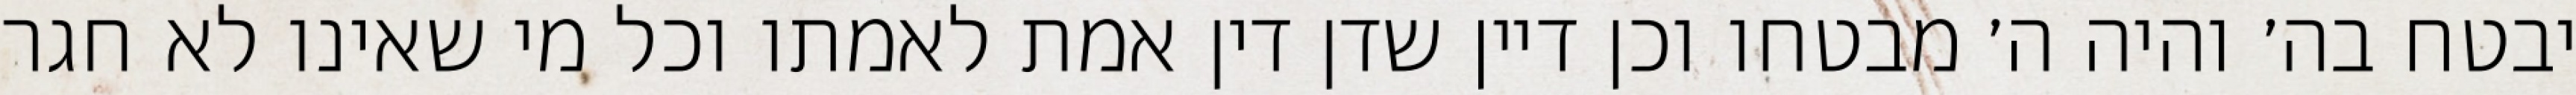
יבטח בה׳ והיה ה׳ מבטחו וכן דיין שדן דין אמת לאמתו וכל מי שאינו לא חגר